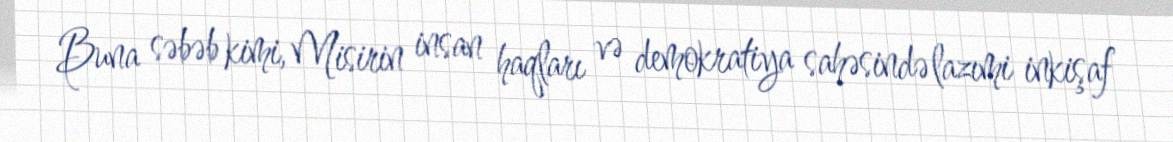
Buna səbəb kimi, Misirin insan haqları və demokratiya sahəsində lazımi inkişaf